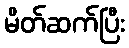
မိတ်ဆက်ပြီး